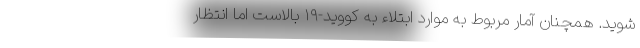
شوید. همچنان آمار مربوط به موارد ابتلاء به کووید-۱۹ بالاست اما انتظار